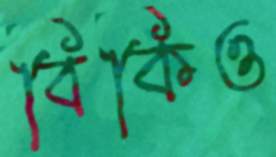
বিকিও